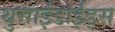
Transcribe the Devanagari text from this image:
थुसाईडाईड्स